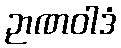
ဉာဏဝါဒံ